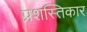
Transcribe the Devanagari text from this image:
प्रशस्तिकार